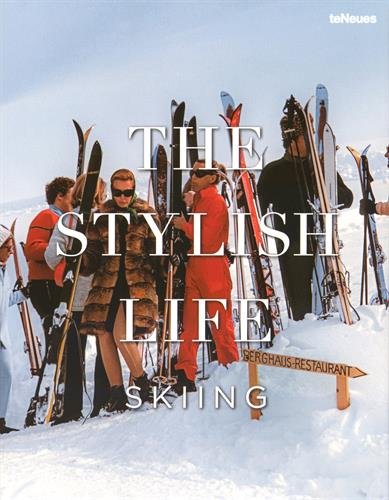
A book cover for The Stylish Life: Skiing; Gabrielle le Breton; Arts & Photography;